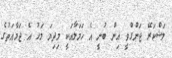
ލަޝްކަރޭ ޖަންގްވީ އިން ބުނީ އެ ހަމަލާއަކީ މިދިޔަ މަހު އެ ޖަމާއަތުގެ